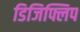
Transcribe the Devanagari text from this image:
डिजिफ्लिप